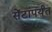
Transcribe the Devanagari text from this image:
सेंटांपर्यंत